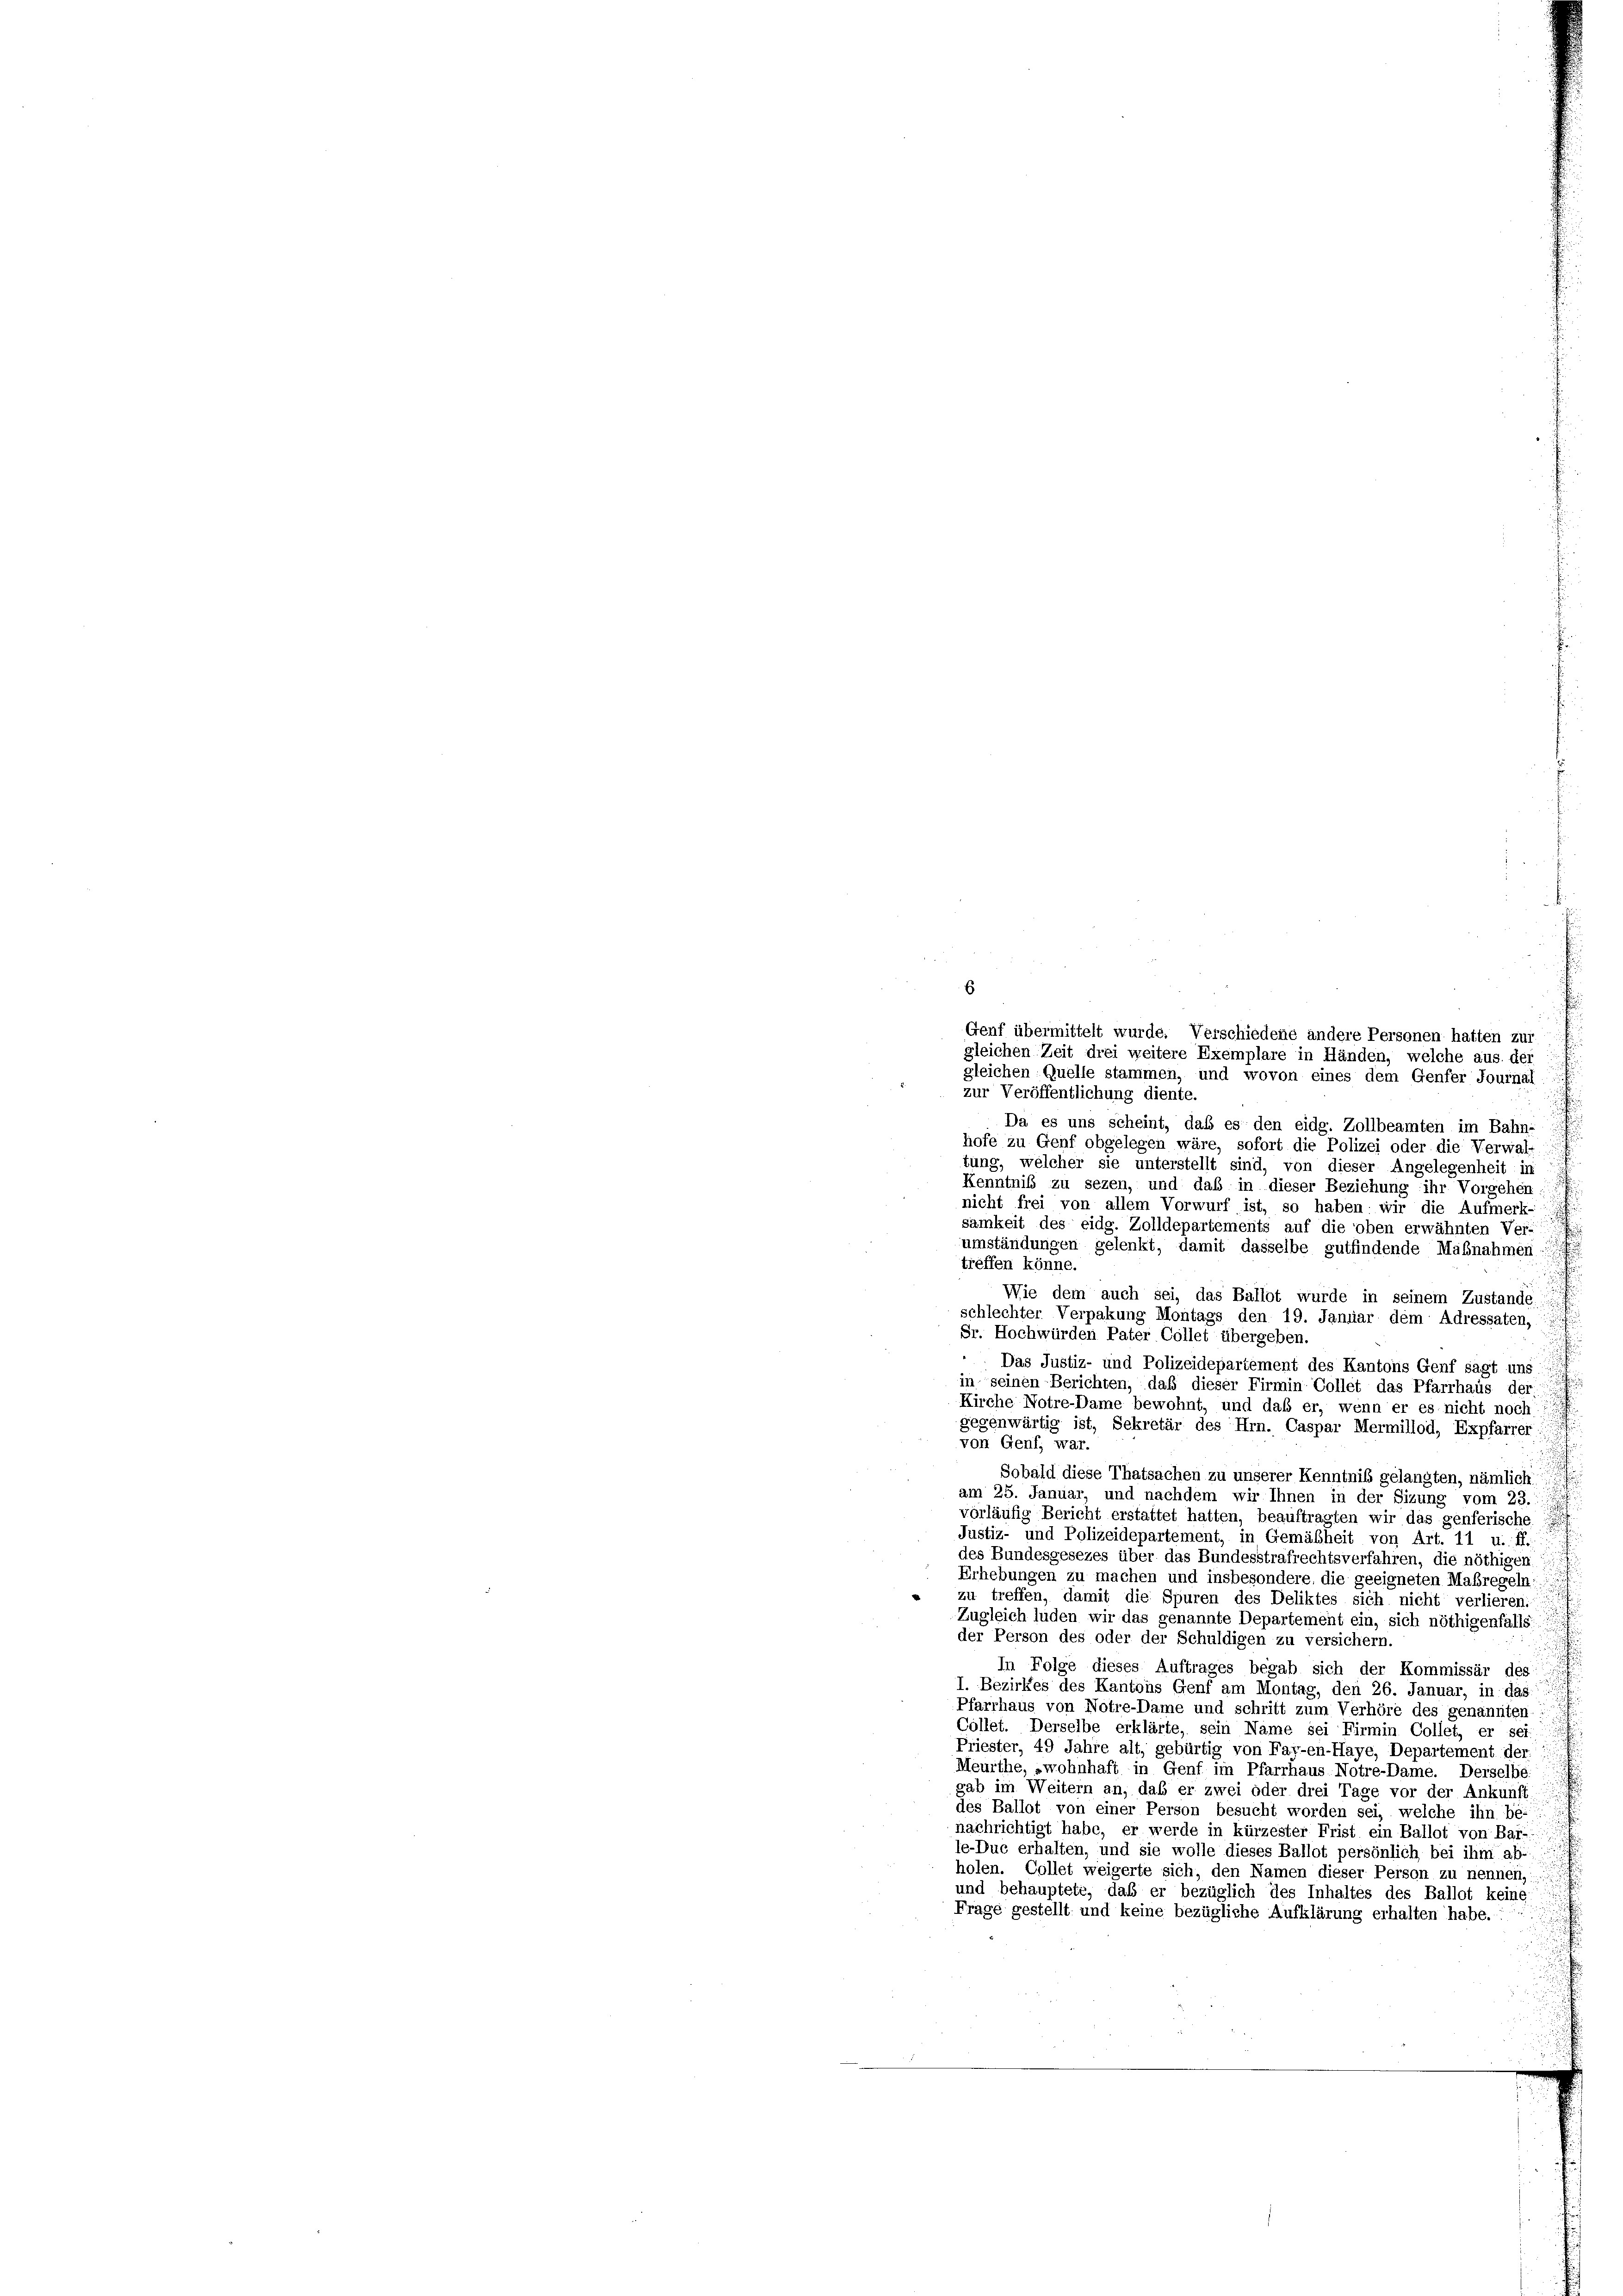
Genf übermittelt wurde. Verschiedene andere Personen hatten zur
gleichen Zeit drei weitere Exemplare in Händen, welche aus der
gleichen Quelle stammen, und wovon eines dem Genfer Journal
zur Veröffentlichung diente.
Da es uns scheint, daß es den eidg. Zollbeamten im Bahn-
hofe zu Genf obgelegen wäre, sofort die Polizei oder die Verwal-
tung, welcher sie unterstellt sind, von dieser Angelegenheit in
Kenntniß zu sezen, und daß in dieser Beziehung ihr Vorgehen
nicht frei von allem Vorwurf, ist, so haben wir die Aufmerk-
samkeit des eidg. Zolldepartements auf die oben erwähnten Ver-
umständungen gelenkt, damit dasselbe gutfindende Maßnahmen:
treffen könne.
Wie dem auch sei, das Baflot wurde in seinem Zustande
schlechter Verpakung Montags den 19. Januar dem Adressaten,
Sr. Hochwürden Pater Collet übergeben.
 Das Justiz- und Polizeidepartement des Kantons Genf sagt uns
in seinen Berichten, daß dieser Firmin Collet das Pfarrhaus der
Kirche Notre-Dame bewohnt, und daß er, wenn er es nicht noch
gegenwärtig ist, Sekretär des Hrn. Caspar Mermillod, Expfarrer
von Genf, war.
Sobald diese Thatsachen zu unserer Kenntniß gelangten, nämlich
am 25. Januar, und nachdem wir Ihnen in der Sizung vom 23.
vorläufig Bericht erstattet hatten, beauftragten wir das genferische
Justiz- und Polizeidepartement, in Gemäßheit von Art. 11 u. ff.,
des Bundesgesezes über das Bundesstrafrechtsverfahren, die nöthigen
Erhebungen zu machen und insbesondere, die geeigneten Maßregeln:
« zu treffen, damit die Spuren des Deliktes sich nicht verlieren.
Zugleich luden wir das genannte Departement ein, sich nöthigenfalls
der Person des oder der Schuldigen zu versichern.
In Folge dieses Auftrages begab sich der Kommissär des
I. Bezirkes des Kantons Genf am Montag, den 26. Januar, in das
Pfarrhaus von Notre-Dame und schritt zum Verhöre des genannten,
Collet. Derselbe erklärte, sein Name sei Firmin Collet, er sei.
Priester, 49 Jahre alt, gebürtig von Far-en-Haye, Departement der
Meurthe, wohnhaft in Genf im Pfarrhaus Notre-Dame. Derselbe:
gab im Weitern an, daß er zwei oder drei Tage vor der Ankunft
des Ballot von einer Person besucht worden sei, welche ihn be-
nachrichtigt habe, er werde in kürzester Frist ein Ballot von Bar-
le-Duc erhalten, und sie wolle dieses Ballot persönlich bei ihm al
holen. Collet weigerte sich, den Namen dieser Person zu nennen,
und behauptete, daß er bezüglich des Inhaltes des Ballot keine:
Frage gestellt und keine bezügliche Aufklärung erhalten habe.